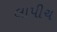
લાપીચ